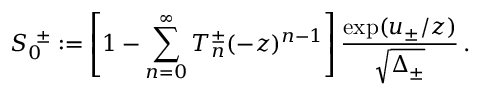
S _ { 0 } ^ { \ \pm } : = \left[ 1 - \sum _ { n = 0 } ^ { \infty } T _ { n } ^ { \pm } ( - z ) ^ { n - 1 } \right] { \frac { \exp ( u _ { \pm } / z ) } { \sqrt { \Delta _ { \pm } } } } \, .